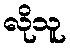
လိုသူ